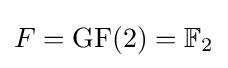
F=\mathrm {GF} (2)=\mathbb {F} _{2}